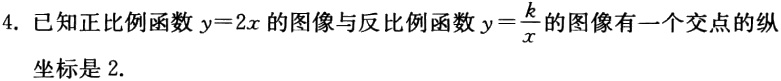
4. 已知正比例函数\(y = 2x\)的图像与反比例函数\(y=\frac{k}{x}\)的图像有一个交点的纵